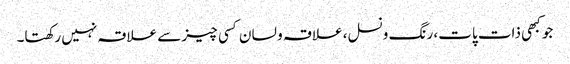
جو کبھی ذات پات، رنگ ونسل، علاقہ و لسان کسی چیز سے علاقہ نہیں رکھتا۔